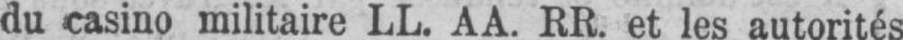
du casino militaire LL. AA. RR. et les autorités